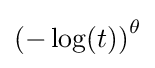
\left(-\log(t)\right)^{\theta }